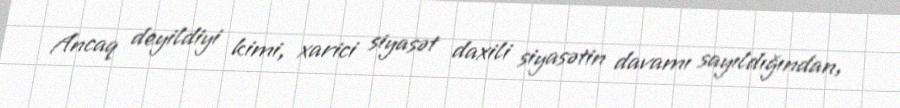
Ancaq deyildiyi kimi, xarici siyasət daxili siyasətin davamı sayıldığından,